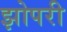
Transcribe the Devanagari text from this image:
झोपरी